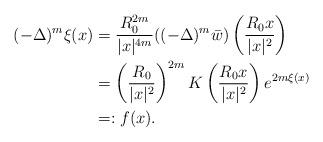
LaTeX: \begin{align*} (-\Delta)^m\xi(x)&=\frac{R_0^{2m}}{|x|^{4m}}((-\Delta)^m\bar{w})\left(\frac{R_0x}{|x|^2}\right) \\& =\left(\frac{R_0}{|x|^2}\right)^{2m}K\left(\frac{R_0x}{|x|^2}\right)e^{2m\xi(x)}\\& =:f(x). \end{align*}